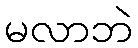
မလာဘဲ